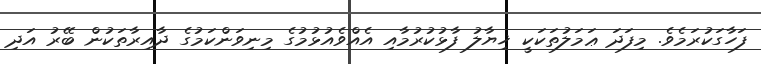
ފަހާގަކުރަމެވެ. މިފަދަ ޢަމަލުތަކަކީ ޚިޔާލު ފާޅުކުރުމާއި އެއްވެއުޅުމުގެ މިނިވަންކަމުގެ ދާއިރާތަކުން ބޭރު އަދި